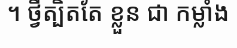
។ ថ្វីត្បិតតែ ខ្លួន ជា កម្លាំង